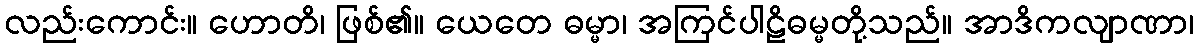
လည်းကောင်း။ ဟောတိ၊ ဖြစ်၏။ ယေတေ ဓမ္မာ၊ အကြင်ပါဠိဓမ္မတို့သည်။ အာဒိကလျာဏာ၊